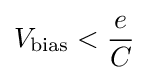
V_{\text{bias}}<{\frac {e}{C}}